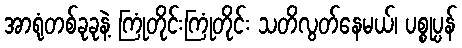
အာရုံတစ်ခုခုနဲ့ ကြုံတိုင်းကြုံတိုင်း သတိလွတ်နေမယ်၊ ပစ္စုပ္ပန်